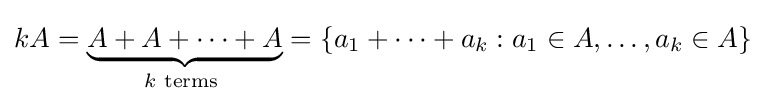
kA=\underbrace {A+A+\cdots +A} _{k{\text{ terms }}}=\{a_{1}+\cdots +a_{k}:a_{1}\in A,\dots ,a_{k}\in A\}